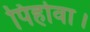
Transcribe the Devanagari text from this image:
पिहोवा।